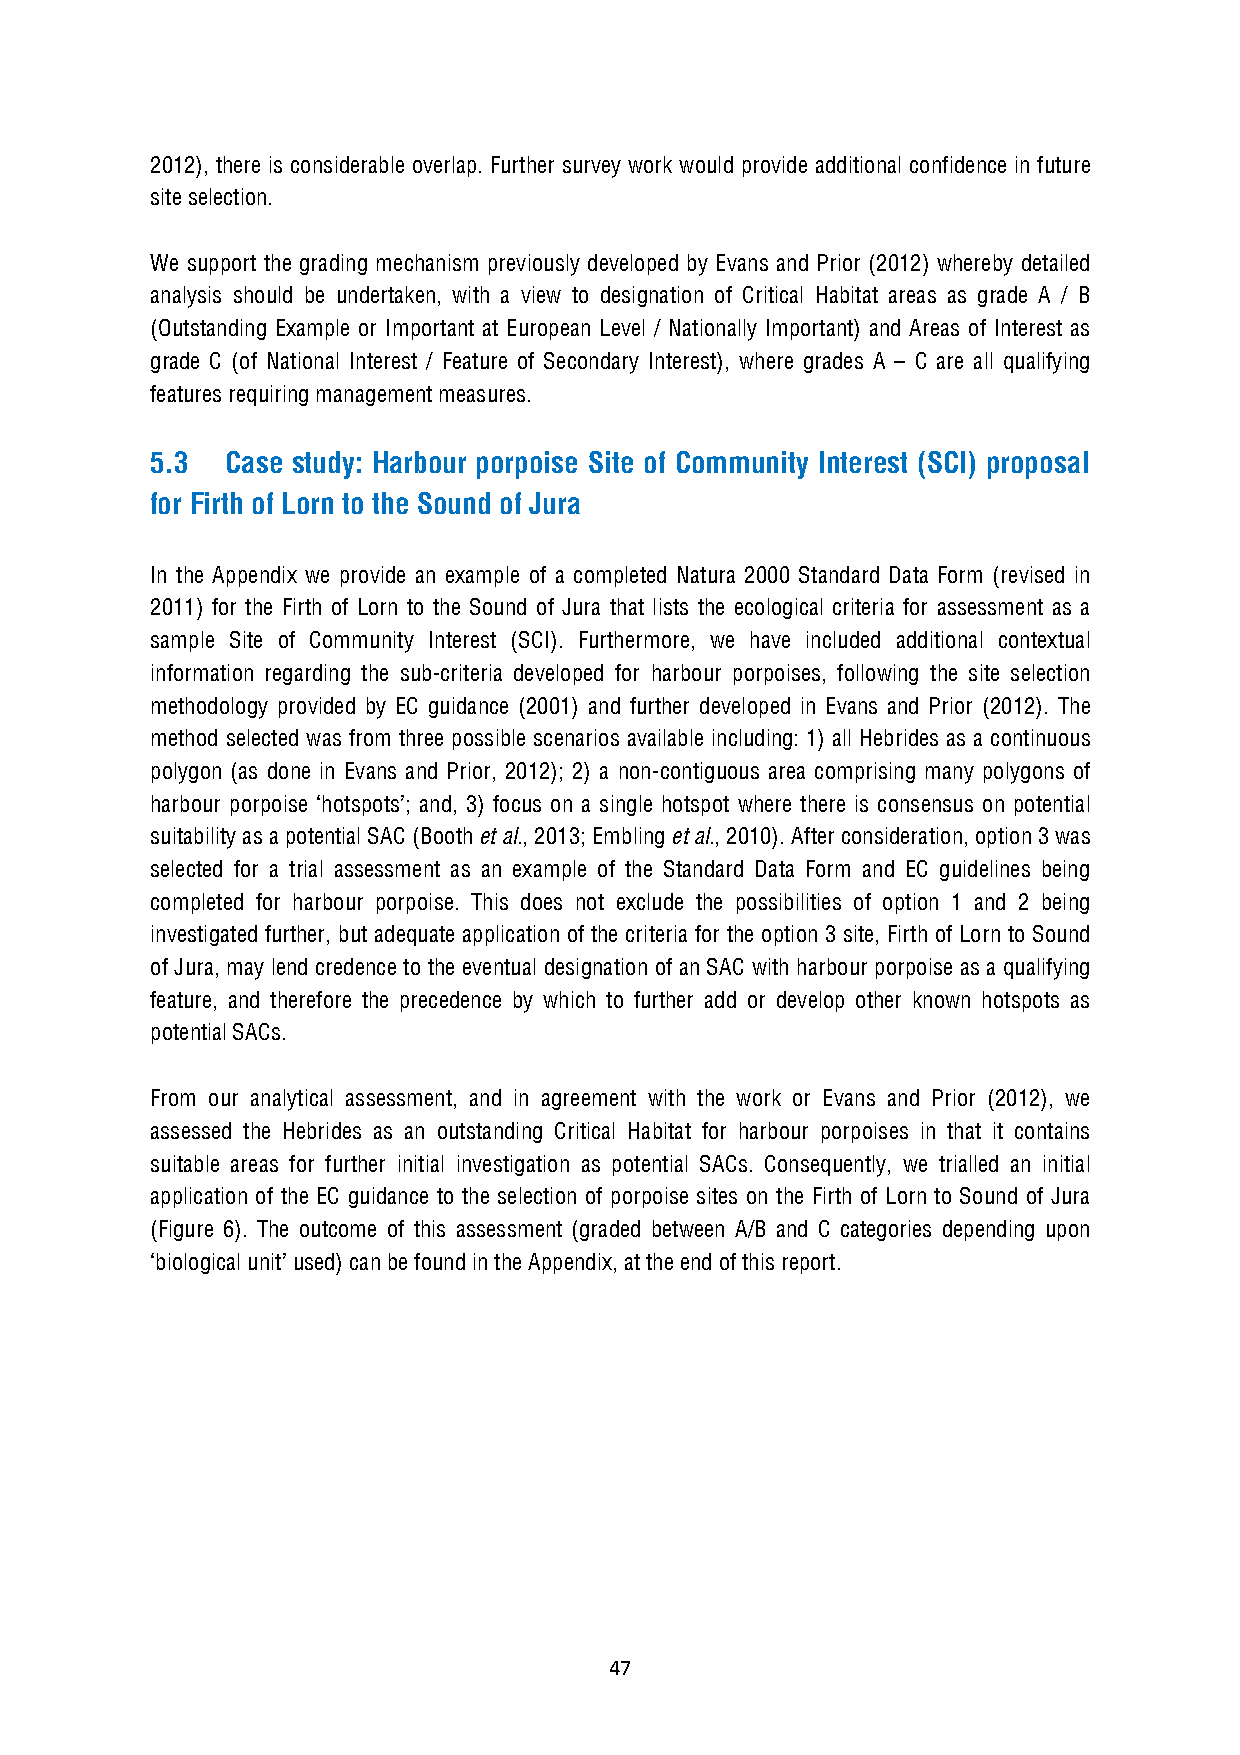
2012), there is considerable overlap. Further survey work would provide additional confidence in future
 site selection.
 We support the grading mechanism previously developed by Evans and Prior (2012) whereby detailed
 analysis should be undertaken, with a view to designation of Critical Habitat areas as grade A / B
 (Outstanding Example or Important at European Level / Nationally Important) and Areas of Interest as
 grade C (of National Interest / Feature of Secondary Interest), where grades A – C are all qualifying
 features requiring management measures.
 5.3  Case study: Harbour porpoise Site of Community Interest (SCI) proposal
 for Firth of Lorn to the Sound of Jura
 In the Appendix we provide an example of a completed Natura 2000 Standard Data Form (revised in
 2011) for the Firth of Lorn to the Sound of Jura that lists the ecological criteria for assessment as a
 sample Site of Community Interest (SCI). Furthermore, we have included additional contextual
 information regarding the sub-criteria developed for harbour porpoises, following the site selection
 methodology provided by EC guidance (2001) and further developed in Evans and Prior (2012). The
 method selected was from three possible scenarios available including: 1) all Hebrides as a continuous
 polygon (as done in Evans and Prior, 2012); 2) a non-contiguous area comprising many polygons of
 harbour porpoise ‘hotspots’; and, 3) focus on a single hotspot where there is consensus on potential
 suitability as a potential SAC (Booth et al., 2013; Embling et al., 2010). After consideration, option 3 was
 selected for a trial assessment as an example of the Standard Data Form and EC guidelines being
 completed for harbour porpoise. This does not exclude the possibilities of option 1 and 2 being
 investigated further, but adequate application of the criteria for the option 3 site, Firth of Lorn to Sound
 of Jura, may lend credence to the eventual designation of an SAC with harbour porpoise as a qualifying
 feature, and therefore the precedence by which to further add or develop other known hotspots as
 potential SACs.
 From our analytical assessment, and in agreement with the work or Evans and Prior (2012), we
 assessed the Hebrides as an outstanding Critical Habitat for harbour porpoises in that it contains
 suitable areas for further initial investigation as potential SACs. Consequently, we trialled an initial
 application of the EC guidance to the selection of porpoise sites on the Firth of Lorn to Sound of Jura
 (Figure 6). The outcome of this assessment (graded between A/B and C categories depending upon
 ‘biological unit’ used) can be found in the Appendix, at the end of this report.
 47